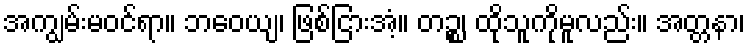
အကျွမ်းမဝင်ရာ။ ဘဝေယျ၊ ဖြစ်ငြားအံ့။ တဉ္စ၊ ထိုသူကိုမူလည်း။ အတ္တနာ၊